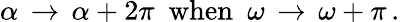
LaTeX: \alpha\, \rightarrow\, \alpha+2\pi\, \, \, \textrm{when}\, \, \, \omega\, \rightarrow\, \omega+\pi\, .